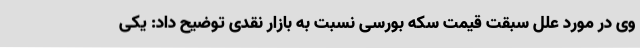
وی در مورد علل سبقت قیمت سکه بورسی نسبت به بازار نقدی توضیح داد: یکی